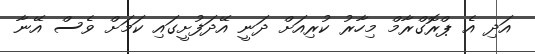
އަދި އެ ޕްރޮގްރާމް މިހާރު ކުރިއަށް ދަނީ އޭދަފުށީގައި ކަމަށް ވެސް އޭނާ